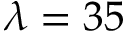
\lambda = 3 5